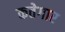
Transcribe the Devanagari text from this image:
कतेगार